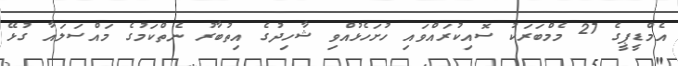
އެމްޑީޕީގެ 27 މެމްބަރަކު ސޮއިކުރައްވައި ހުށަހެޅުއްވި ޝާހިދުގެ އިތުބާރު ނެތްކަމުގެ މައްސަލައާ ގުޅޭ